Account of plague administration in the Bombay Presidency from September 1896 till May 1897
Year: 1896
Disease focus: Plague
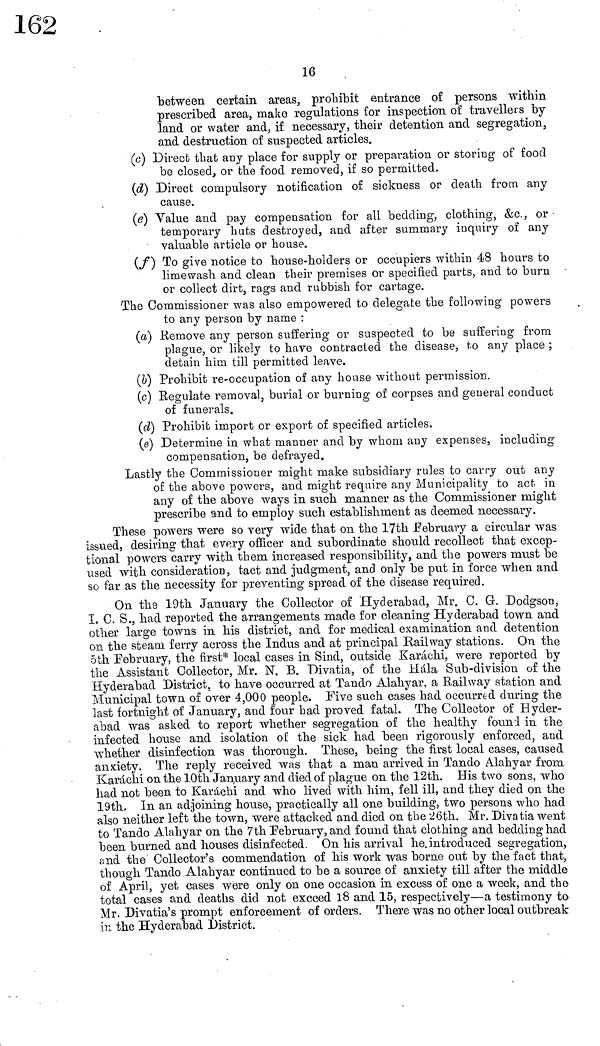
16
"between certain areas, prohibit entrance of persons within
prescribed area, make regulations for inspection of travellers by
land or water and, if necessary, their detention and segregation,
and destruction of suspected articles.
(c) Direct that any place for supply or preparation or storing of food
be closed, or the food removed, if so permitted.
(d) Direct compulsory notification of sickness or death from any
cause.
(e) Value and pay compensation for all bedding, clothing, &c., or
temporary huts destroyed, and after summary inquiry of any
valuable article or house.
(f) To give notice to house-holders or occupiers within 48 hours to
limewash and clean their premises or specified parts, and to burn
or collect dirt, rags and rubbish for cartage.
The Commissioner was also empowered to delegate the following powers
to any person by name :
(a) Remove any person suffering or suspected to be suffering from
plague, or likely to have contracted the disease, to any place ;
detain him till permitted leave.
(b) Prohibit re-occupation of any house without permission.
(c) Regulate removal, burial or burning of corpses and general conduct
of funerals.
(d) Prohibit import or export of specified articles.
(e) Determine in what manner and by whom any expenses, including
compensation, be defrayed.
Lastly the Commissioner might make subsidiary rules to carry out any
of the above powers, and might require any Municipality to act in
any of the above ways in such manner as the Commissioner might
prescribe and to employ such establishment as deemed necessary.
These powers were so very wide that on the 17th February a circular was
issued, desiring that every officer and subordinate should recollect that excep-
tional powers carry with them increased responsibility, and the powers must be
used with consideration, tact and judgment, and only be put in force when and
so far as the necessity for preventing spread of the disease required.
On the 19th January the Collector of Hyderabad, Mr. C. G. Dodgson,
I. C. S., had reported the arrangements made for cleaning Hyderabad town and
other large towns in his district, and for medical examination and detention
on the steam ferry across the Indus and at principal Railway stations. On the
5th February, the first* local cases in Sind, outside Karachi, were reported by
the Assistant Collector, Mr. N. B. Divatia, of the Hala Sub-division of the
Hyderabad District, to have occurred at Tando Alahyar, a Railway station and
Municipal town of over 4,000 people. Five such cases had occurred during the
last fortnight of January, and four had proved fatal. The Collector of Hyder-
abad was asked to report whether segregation of the healthy found in the
infected house and isolation of the sick had been rigorously enforced, and
whether disinfection was thorough. These, being the first local cases, caused
anxiety. The reply received was that a man arrived in Tando Alahyar from
Karachi on the 10th January and died of plague on the 12th. His two sons, who
had not been to Karachi and who lived with him, fell ill, and they died on the
19th. In an adjoining house, practically all one building, two persons who had
also neither left the town, were attacked and died on the 26th. Mr. Divatia went
to Tando Alahyar on the 7th February, and found that clothing and bedding had
been burned and houses disinfected. On his arrival he introduced segregation,
and the Collector's commendation of his work was borne out by the fact that,
though Tando Alahyar continued to be a source of anxiety till after the middle
of April, yet cases were only on one occasion in excess of one a week, and the
total cases and deaths did not exceed 18 and 15, respectively—a testimony to
Mr. Divatia's prompt enforcement of orders. There was no other local outbreak
in the Hyderabad District.